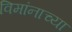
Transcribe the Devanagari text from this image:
विमांनाच्या